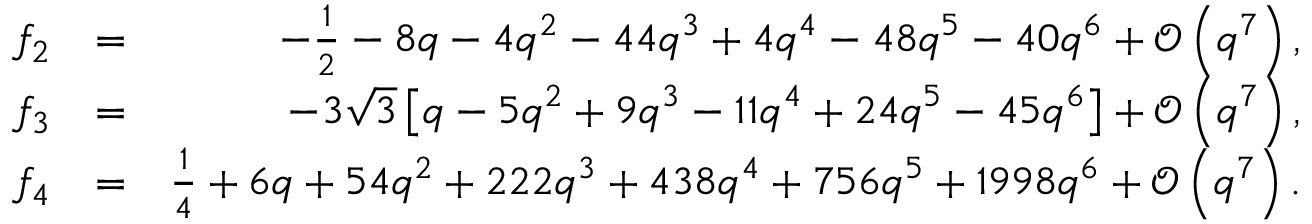
\begin{array} { r l r } { f _ { 2 } } & { = } & { - \frac { 1 } { 2 } - 8 q - 4 q ^ { 2 } - 4 4 q ^ { 3 } + 4 q ^ { 4 } - 4 8 q ^ { 5 } - 4 0 q ^ { 6 } + { \mathcal O } \left( q ^ { 7 } \right) , } \\ { f _ { 3 } } & { = } & { - 3 \sqrt { 3 } \left[ q - 5 q ^ { 2 } + 9 q ^ { 3 } - 1 1 q ^ { 4 } + 2 4 q ^ { 5 } - 4 5 q ^ { 6 } \right] + { \mathcal O } \left( q ^ { 7 } \right) , } \\ { f _ { 4 } } & { = } & { \frac { 1 } { 4 } + 6 q + 5 4 q ^ { 2 } + 2 2 2 q ^ { 3 } + 4 3 8 q ^ { 4 } + 7 5 6 q ^ { 5 } + 1 9 9 8 q ^ { 6 } + { \mathcal O } \left( q ^ { 7 } \right) . } \end{array}